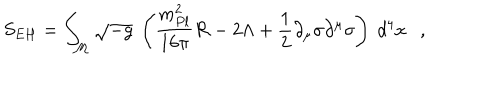
S _ { E H } = \int _ { \cal M } \sqrt { - g } ~ \left( { \frac { m _ { P l } ^ { 2 } } { 1 6 \pi } } { \cal R } - 2 \Lambda + { \frac { 1 } { 2 } } \partial _ { \mu } \sigma \partial ^ { \mu } \sigma \right) ~ d ^ { 4 } x ,